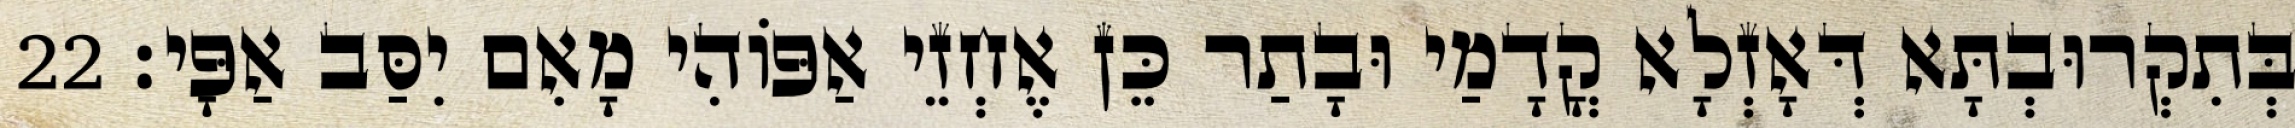
בְּתִקְרוּבְתָּא דְּאָזְלָא קֳדָמַי וּבָתַר כֵּן אֶחְזֵי אַפּוֹהִי מָאִם יִסַּב אַפָּי׃ 22